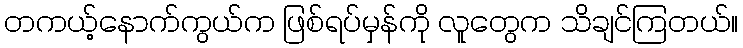
တကယ့်နောက်ကွယ်က ဖြစ်ရပ်မှန်ကို လူတွေက သိချင်ကြတယ်။